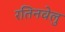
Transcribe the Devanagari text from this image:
रतिनवेलु